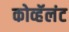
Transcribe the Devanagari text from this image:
कोव्हॅलंट